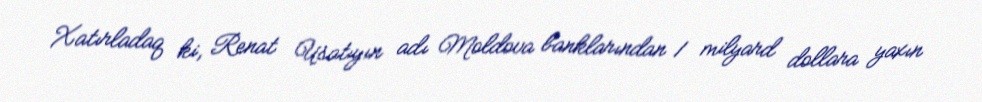
Xatırladaq ki, Renat Usatıyın adı Moldova banklarından 1 milyard dollara yaxın